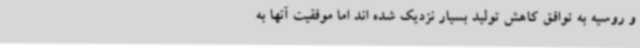
و روسیه به توافق کاهش تولید بسیار نزدیک شده اند اما موفقیت آنها به